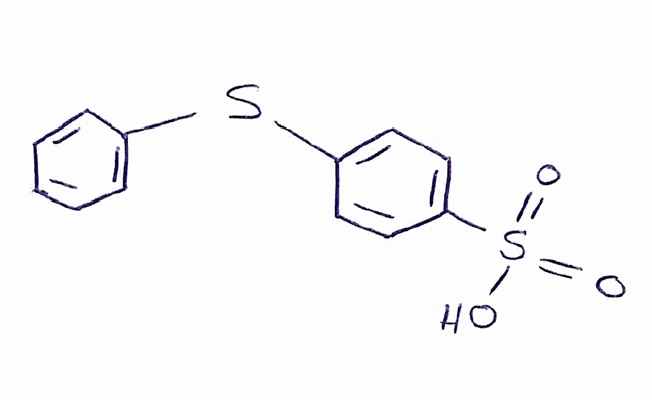
Simplified molecular-input line-entry system (SMILES) notation of the given molecule:
C1=CC=C(C=C1)SC2=CC=C(C=C2)S(=O)(=O)O